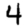
Digit: 4